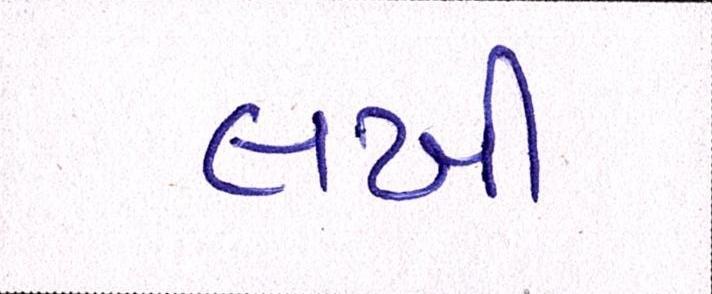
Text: લખી